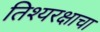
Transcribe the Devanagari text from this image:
तिश्यरक्षाचा